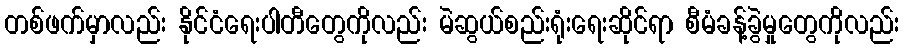
တစ်ဖက်မှာလည်း နိုင်ငံရေးပါတီတွေကိုလည်း မဲဆွယ်စည်းရုံးရေးဆိုင်ရာ စီမံခန့်ခွဲမှုတွေကိုလည်း